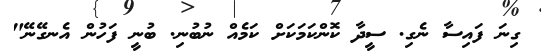
ގިނަ ފައިސާ ނެގި. ސީދާ ކޮންކަމަކަށް ކަމެއް ނުބުނި. ބުނީ ފަހުން އެނގޭނޭ"